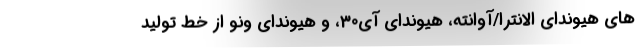
های هیوندای الانترا/آوانته، هیوندای آی30، و هیوندای ونو از خط تولید